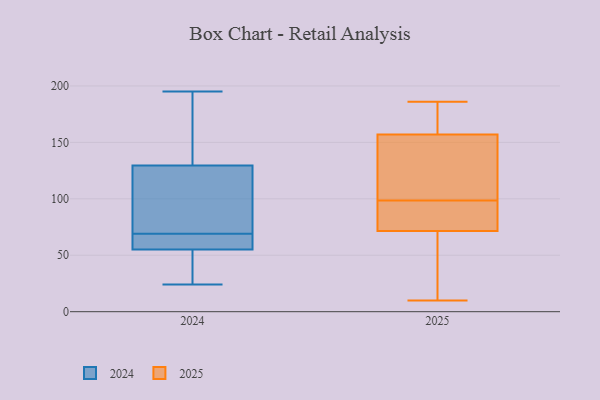
{"axis": {"x": "Inventory Turnover", "y": "Value"}, "legend": ["2024", "2025"], "data": [{"x": "", "y": 25, "type": "2024"}, {"x": "", "y": 195, "type": "2024"}, {"x": "", "y": 24, "type": "2024"}, {"x": "", "y": 65, "type": "2024"}, {"x": "", "y": 78, "type": "2024"}, {"x": "", "y": 125, "type": "2024"}, {"x": "", "y": 63, "type": "2024"}, {"x": "", "y": 69, "type": "2024"}, {"x": "", "y": 65, "type": "2024"}, {"x": "", "y": 31, "type": "2024"}, {"x": "", "y": 131, "type": "2024"}, {"x": "", "y": 129, "type": "2024"}, {"x": "", "y": 131, "type": "2024"}, {"x": "", "y": 75, "type": "2025"}, {"x": "", "y": 186, "type": "2025"}, {"x": "", "y": 163, "type": "2025"}, {"x": "", "y": 125, "type": "2025"}, {"x": "", "y": 75, "type": "2025"}, {"x": "", "y": 106, "type": "2025"}, {"x": "", "y": 99, "type": "2025"}, {"x": "", "y": 158, "type": "2025"}, {"x": "", "y": 156, "type": "2025"}, {"x": "", "y": 45, "type": "2025"}, {"x": "", "y": 35, "type": "2025"}, {"x": "", "y": 10, "type": "2025"}, {"x": "", "y": 158, "type": "2025"}, {"x": "", "y": 92, "type": "2025"}, {"x": "", "y": 68, "type": "2025"}, {"x": "", "y": 98, "type": "2025"}]}